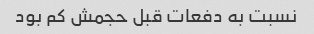
نسبت به دفعات قبل حجمش کم بود